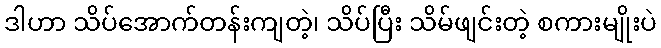
ဒါဟာ သိပ်အောက်တန်းကျတဲ့၊ သိပ်ပြီး သိမ်ဖျင်းတဲ့ စကားမျိုးပဲ